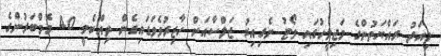
މިއަދު ރައްޔަތުންގެ މަޖިލީހުގައި ވޯޓު ނެގިއިރު ޖަލްސާއަށް ހާޒިރުވެވަޑައިގެން ތިއްބެވީ 40 މެމްބަރުންގެ